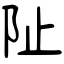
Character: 阯